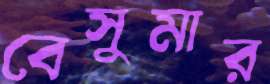
বেসুমার